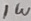
Text: 1W